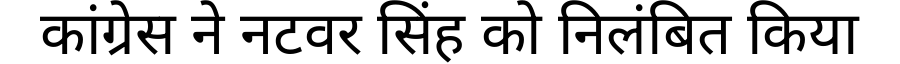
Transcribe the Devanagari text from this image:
कांग्रेस ने नटवर सिंह को निलंबित किया